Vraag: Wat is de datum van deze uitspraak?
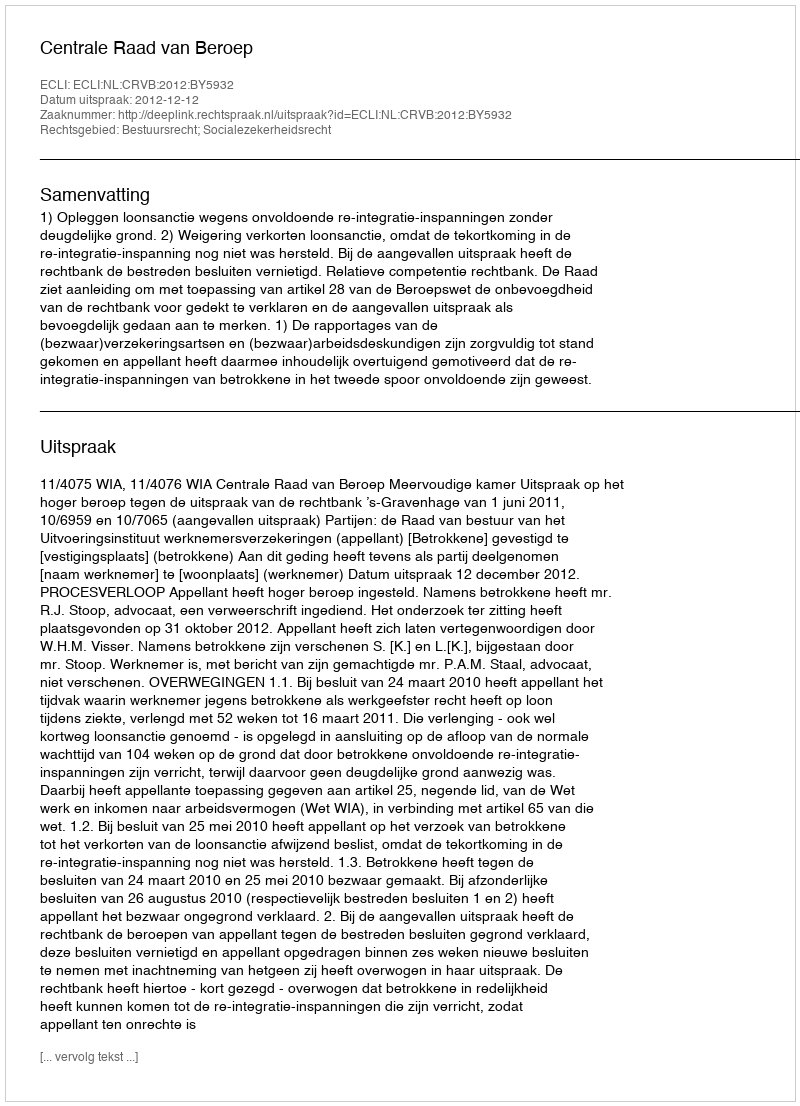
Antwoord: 2012-12-12